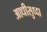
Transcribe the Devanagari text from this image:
आधीसुध्दा